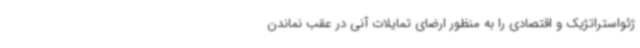
ژئواستراتژیک و اقتصادی را به منظور ارضای تمایلات آنی در عقب نماندن